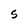
Character: S